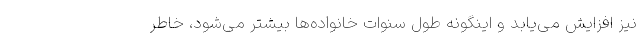
نیز افزایش می‌یابد و اینگونه طول سنوات خانواده‌ها بیشتر می‌شود، خاطر